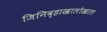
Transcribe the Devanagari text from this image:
जिनिव्हाखालोखाल